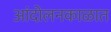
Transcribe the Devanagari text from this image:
आंदोलनकाळात